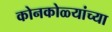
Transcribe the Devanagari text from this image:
कोनकोळ्यांच्या